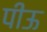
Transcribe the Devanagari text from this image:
पीऊ